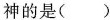
神的是()